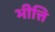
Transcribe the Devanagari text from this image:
भीत्ति